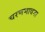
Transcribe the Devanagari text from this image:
चरणभावना